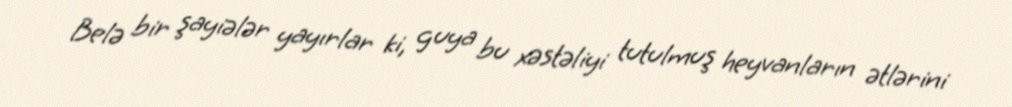
Belə bir şayiələr yayırlar ki, guya bu xəstəliyi tutulmuş heyvanların ətlərini